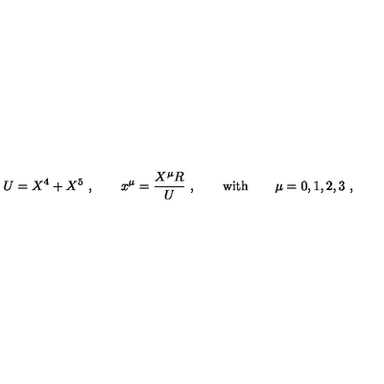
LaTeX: U = X ^ { 4 } + X ^ { 5 } \ , \qquad x ^ { \mu } = \frac { X ^ { \mu } R } { U } \ , \qquad \mathrm { w i t h } \qquad \mu = 0 , 1 , 2 , 3 \ ,